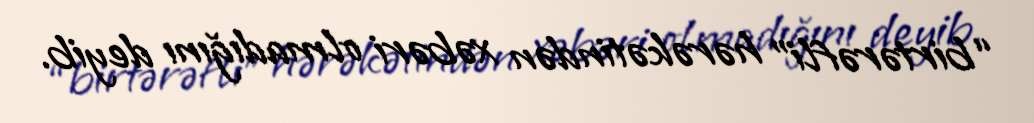
“birtərəfli” hərəkətindən xəbəri olmadığını deyib.